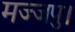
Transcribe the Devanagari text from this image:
मज्जपु।